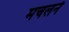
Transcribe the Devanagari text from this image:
मचलने